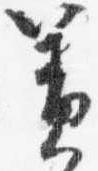
簀